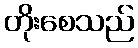
တိုးစေသည်